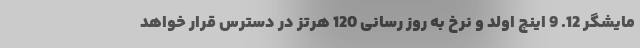
مایشگر 12. 9 اینچ اولد و نرخ به روز رسانی 120 هرتز در دسترس قرار خواهد